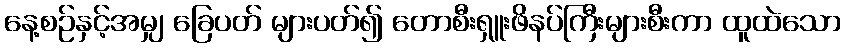
နေ့စဉ်နှင့်အမျှ ခြေပတ် များပတ်၍ တောစီးရှူးဖိနပ်ကြီးများစီးကာ ထူထဲသော